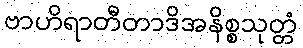
ဗာဟိရာတီတာဒိအနိစ္စသုတ္တံ